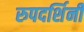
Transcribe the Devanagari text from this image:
रुपदर्शिनी